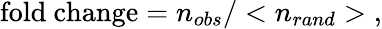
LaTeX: \mathrm{fold~change}=n_{obs}/<n_{rand}>\; ,